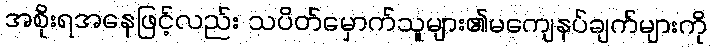
အစိုးရအနေဖြင့်လည်း သပိတ်မှောက်သူများ၏မကျေနပ်ချက်များကို